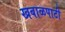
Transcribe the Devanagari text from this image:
खबाळपाटी